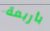
بأربعة